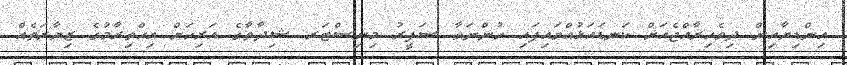
އިންޑިޔާއިން ދިވެހިރާއްޖެއަށް ކަނޑައަޅުއްވައިފައި ހުންނަވާ ސަފީރު މިނިސްޓަރ ޝިދާތާގެ އަރިހަށް އިޙްތިރާމުގެ ޒިޔާރަތެއް